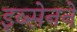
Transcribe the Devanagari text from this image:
इब्सेनने